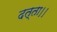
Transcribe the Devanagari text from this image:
दत्ता।।